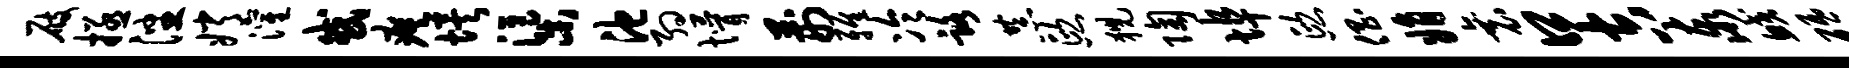
屐拯潘嫦灌或瘼埃渠池约懵荆雅冷路恭熙猊陶埠熙倡娟衰口吉泰鲛砥